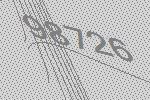
98726